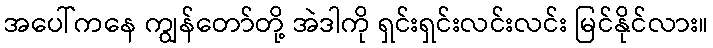
အပေါ်ကနေ ကျွန်တော်တို့ အဲဒါကို ရှင်းရှင်းလင်းလင်း မြင်နိုင်လား။